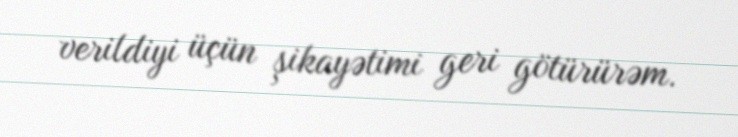
verildiyi üçün şikayətimi geri götürürəm.